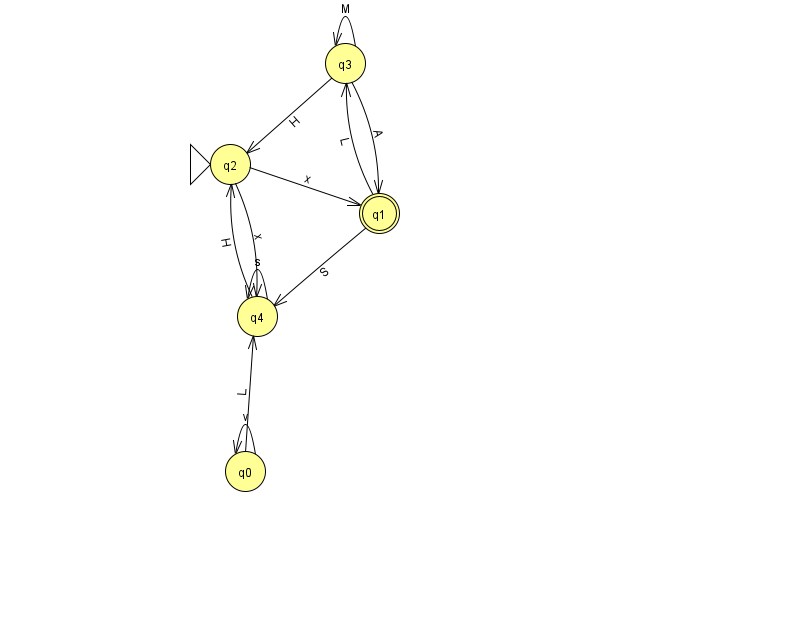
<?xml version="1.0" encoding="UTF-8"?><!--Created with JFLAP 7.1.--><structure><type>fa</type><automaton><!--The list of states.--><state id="0" name="q0"><x>245.0</x><y>458.0</y></state><state id="1" name="q1"><x>379.0</x><y>200.0</y><final/></state><state id="2" name="q2"><x>230.0</x><y>151.0</y><initial/></state><state id="3" name="q3"><x>345.0</x><y>50.0</y></state><state id="4" name="q4"><x>257.0</x><y>303.0</y></state><!--The list of transitions.--><transition><from>2</from><to>4</to><read>x</read></transition><transition><from>4</from><to>2</to><read>H</read></transition><transition><from>4</from><to>4</to><read>s</read></transition><transition><from>1</from><to>3</to><read>L</read></transition><transition><from>2</from><to>1</to><read>x</read></transition><transition><from>0</from><to>0</to><read>v</read></transition><transition><from>0</from><to>4</to><read>L</read></transition><transition><from>1</from><to>4</to><read>S</read></transition><transition><from>3</from><to>1</to><read>A</read></transition><transition><from>3</from><to>2</to><read>H</read></transition><transition><from>3</from><to>3</to><read>M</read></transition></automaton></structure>